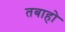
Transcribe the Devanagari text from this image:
तबाहो